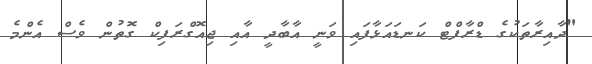
"ދާއިރާތަކުގެ ޑްރާފްޓް ކަނޑައަޅާފައި ވަނީ އާބާދީ އާއި ޖިއޮގްރަފިކް ގޮތުން ވެސް އެންމެ